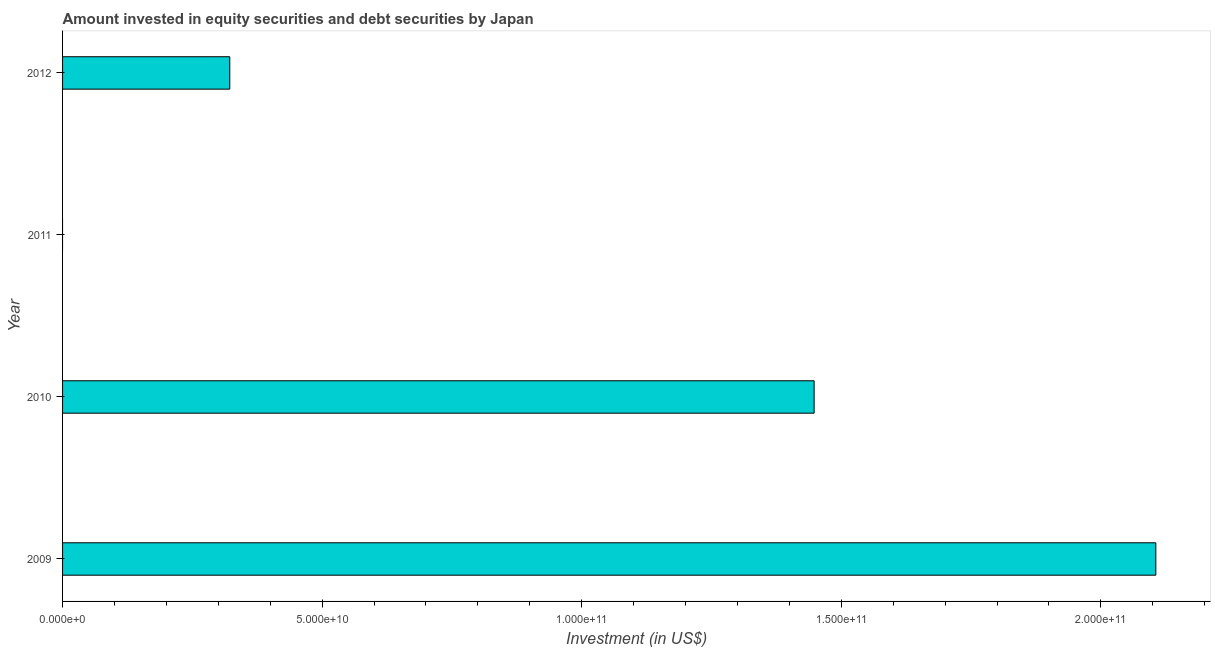
| Year | Portfolio Investment |
 | --- | --- |
 | 2009 | 2.11e+11 |
 | 2010 | 1.45e+11 |
 | 2011 | -1.68e+11 |
 | 2012 | 3.22e+10 |